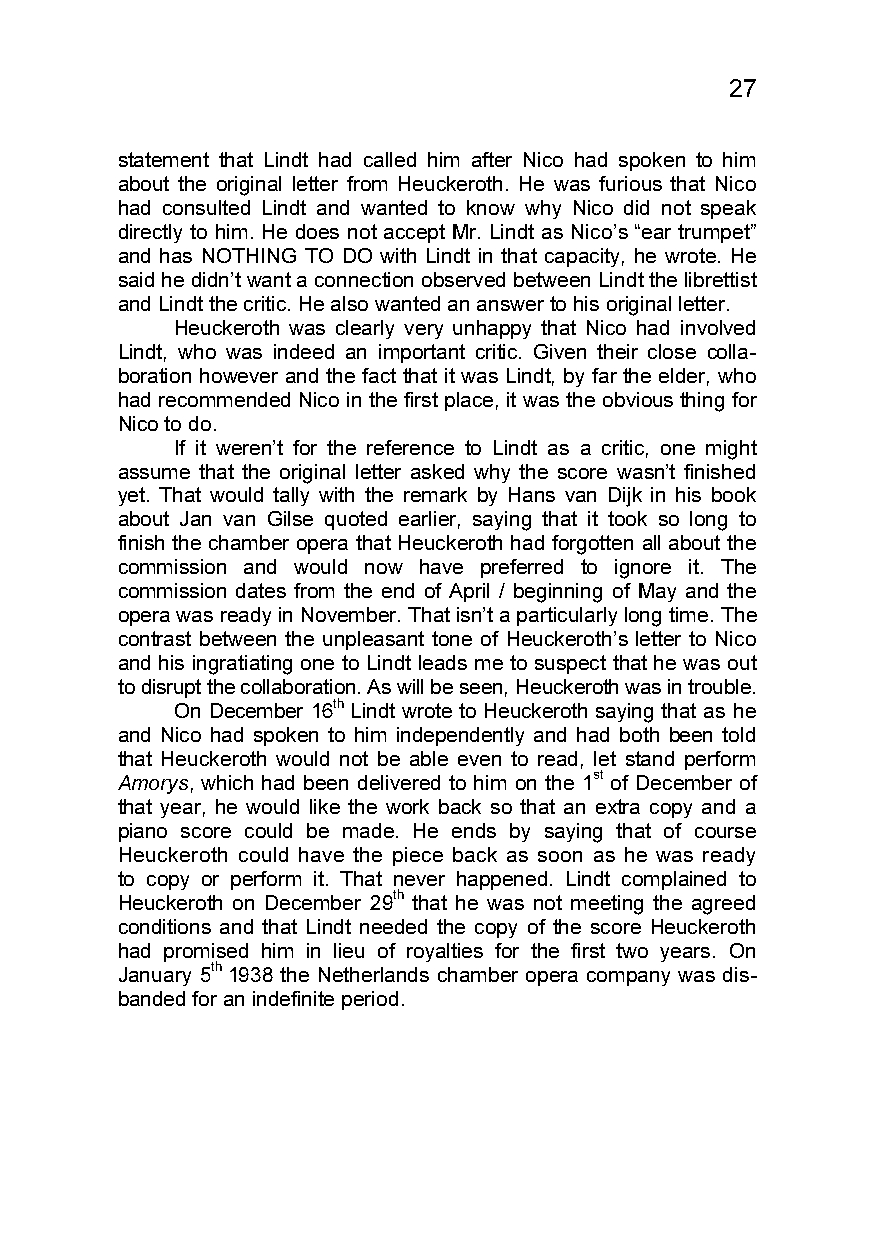
27
 statement that Lindt had called him after Nico had spoken to him
 about the original letter from Heuckeroth. He was furious that Nico
 had consulted Lindt and wanted to know why Nico did not speak
 directly to him. He does not accept Mr. Lindt as Nico’s “ear trumpet”
 and has NOTHING TO DO with Lindt in that capacity, he wrote. He
 said he didn’t want a connection observed between Lindt the librettist
 and Lindt the critic. He also wanted an answer to his original letter.
 Heuckeroth was clearly very unhappy that Nico had involved
 Lindt, who was indeed an important critic. Given their close colla-
 boration however and the fact that it was Lindt, by far the elder, who
 had recommended Nico in the first place, it was the obvious thing for
 Nico to do.
 If it weren’t for the reference to Lindt as a critic, one might
 assume that the original letter asked why the score wasn’t finished
 yet. That would tally with the remark by Hans van Dijk in his book
 about Jan van Gilse quoted earlier, saying that it took so long to
 finish the chamber opera that Heuckeroth had forgotten all about the
 commission and would now have preferred to ignore it. The
 commission dates from the end of April / beginning of May and the
 opera was ready in November. That isn’t a particularly long time. The
 contrast between the unpleasant tone of Heuckeroth’s letter to Nico
 and his ingratiating one to Lindt leads me to suspect that he was out
 to disrupt the collaboration. As will be seen, Heuckeroth was in trouble.
 On December 16th Lindt wrote to Heuckeroth saying that as he
 and Nico had spoken to him independently and had both been told
 that Heuckeroth would not be able even to read, let stand perform
 Amorys, which had been delivered to him on the 1st of December of
 that year, he would like the work back so that an extra copy and a
 piano score could be made. He ends by saying that of course
 Heuckeroth could have the piece back as soon as he was ready
 to copy or perform it. That never happened. Lindt complained to
 Heuckeroth on December 29th that he was not meeting the agreed
 conditions and that Lindt needed the copy of the score Heuckeroth
 had promised him in lieu of royalties for the first two years. On
 January 5th 1938 the Netherlands chamber opera company was dis-
 banded for an indefinite period.